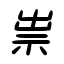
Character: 祟